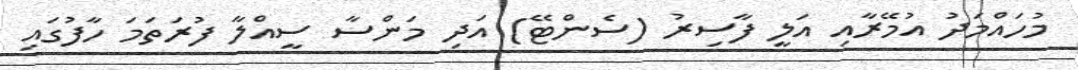
މުހައްމަދު އުމޭރާއި އަލީ ފާސިރު (ސެންޓޭ) އަދި މަންސާ ސީއްލާ ފުރަތަމަ ހާފުގައި